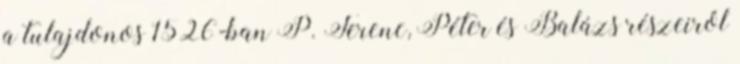
a tulajdonos 1526-ban P. Ferenc, Péter és Balázs részeiről